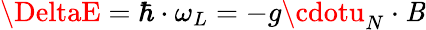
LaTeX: \DeltaE=\hbar\cdot\omega_{L}=-g\cdotu_{N}\cdot\mathit{B}